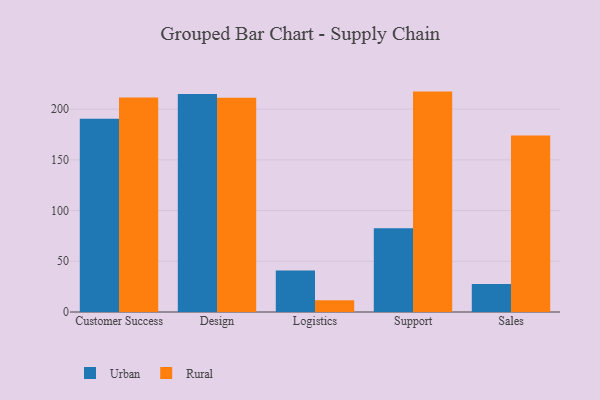
{"axis": {"x": "Department", "y": "Satisfaction Score"}, "legend": ["Rural", "Urban"], "data": [{"x": "Customer Success", "y": 190.5, "type": "Urban"}, {"x": "Customer Success", "y": 211.5, "type": "Rural"}, {"x": "Design", "y": 215.0, "type": "Urban"}, {"x": "Design", "y": 211.3, "type": "Rural"}, {"x": "Logistics", "y": 40.9, "type": "Urban"}, {"x": "Logistics", "y": 11.6, "type": "Rural"}, {"x": "Support", "y": 82.6, "type": "Urban"}, {"x": "Support", "y": 217.3, "type": "Rural"}, {"x": "Sales", "y": 27.7, "type": "Urban"}, {"x": "Sales", "y": 174.0, "type": "Rural"}]}